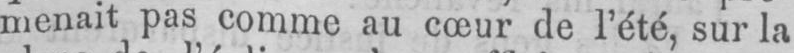
menait pas comme au cœur de l’été, sur la